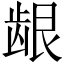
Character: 龈